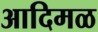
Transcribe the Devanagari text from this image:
आदिमळ